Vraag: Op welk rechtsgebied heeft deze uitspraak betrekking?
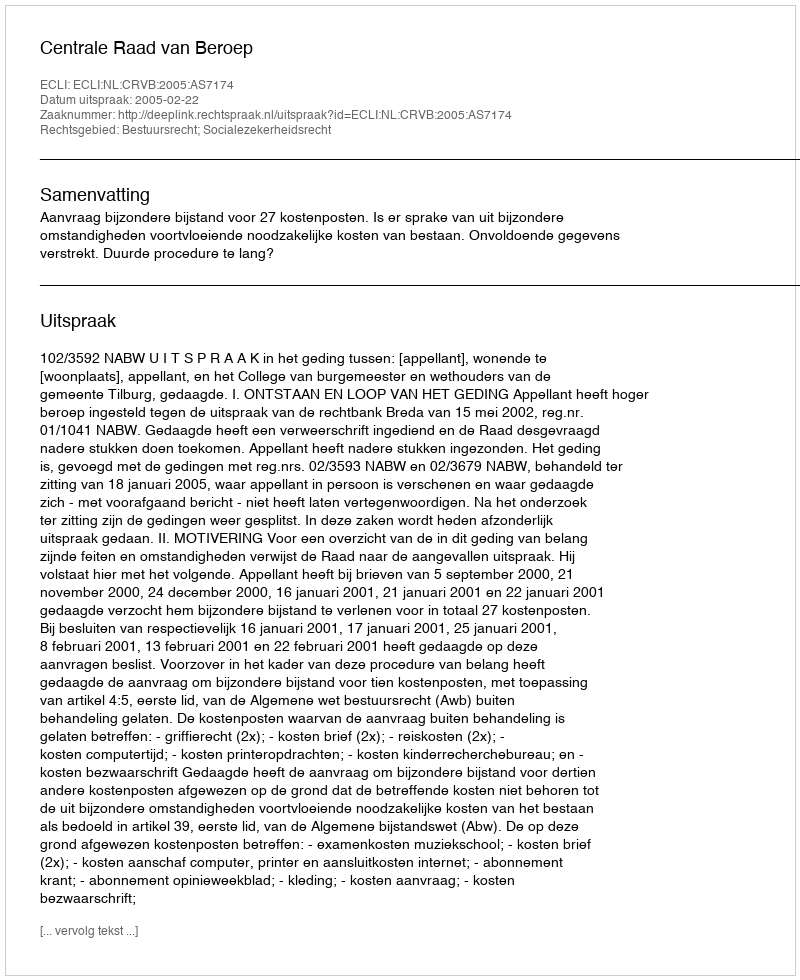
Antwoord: Bestuursrecht; Socialezekerheidsrecht